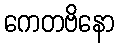
ကေတဗိနော